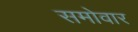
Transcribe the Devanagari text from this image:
समोवार